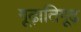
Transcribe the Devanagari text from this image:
गूढ़ातिगूढ़